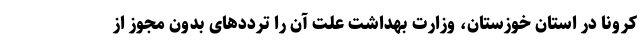
کرونا در استان خوزستان، وزارت بهداشت علت آن را ترددهای بدون مجوز از